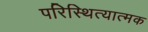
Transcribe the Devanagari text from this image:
परिस्थित्यात्मक